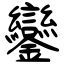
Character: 鑾